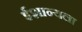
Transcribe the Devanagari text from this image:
ईशान्यला